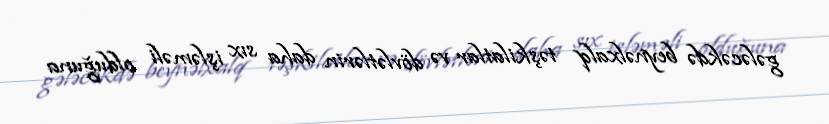
gələcəkdə beynəlxalq təşkilatlar və dövlətlərin daha sıx işləməli olduğuna